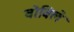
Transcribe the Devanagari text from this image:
वोविले